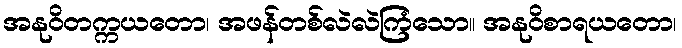
အနုဝိတက္ကယတော၊ အဖန်တစ်လဲလဲကြံသော။ အနုဝိစာရယတော၊